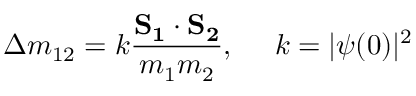
\Delta m _ { 1 2 } = k \frac { \bf { { \vec { S } _ { 1 } } \cdot { \vec { S } _ { 2 } } } } { m _ { 1 } m _ { 2 } } , ~ ~ ~ ~ k = | \psi ( 0 ) | ^ { 2 }